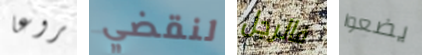
مروعا لنقضي فالرجل يضعوا